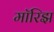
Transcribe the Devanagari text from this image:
मॉरिझ